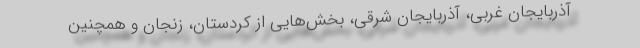
آذربایجان غربی، آذربایجان شرقی، بخش‌هایی از کردستان، زنجان و همچنین